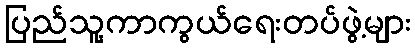
ပြည်သူ့ကာကွယ်ရေးတပ်ဖွဲ့များ